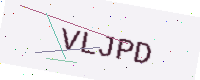
Text: VLJPD